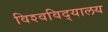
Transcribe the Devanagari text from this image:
विश्‍वविद्‍यालय